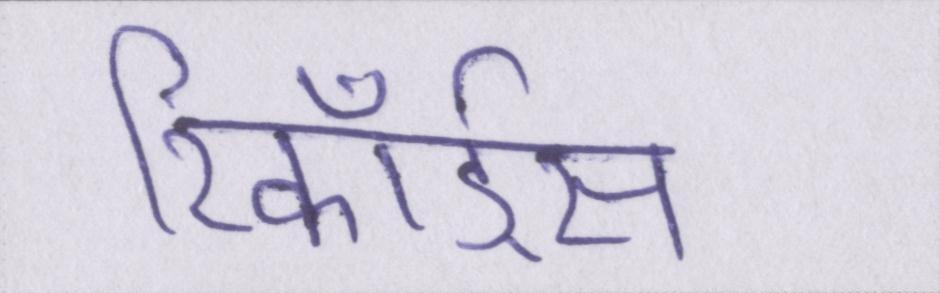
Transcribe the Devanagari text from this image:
रिकॉर्ड्स